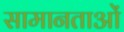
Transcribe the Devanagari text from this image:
सामानताओं